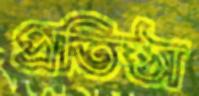
প্রতিষ্ঠা